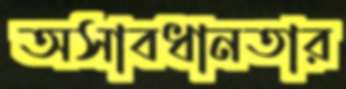
অসাবধানতার